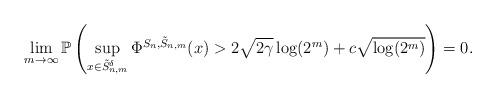
LaTeX: \begin{align*}\lim_{m\to\infty}\mathbb{P}\left(\sup_{x\in\tilde{S}_{n,m}^{\delta}}\Phi^{S_{n},\tilde{S}_{n,m}}(x)>2\sqrt{2\gamma}\log(2^{m})+c\sqrt{\log(2^{m})}\right)=0.\end{align*}